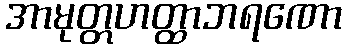
အာမုတ္တဟတ္ထာဘရဏော